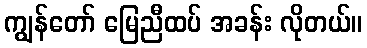
ကျွန်တော် မြေညီထပ် အခန်း လိုတယ်။